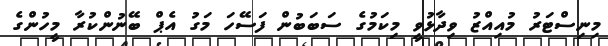
މިނިސްޓަރު މުއިއްޒު ވިދާޅުވީ މިކަމުގެ ސަބަބުން ފަސޭހަ މަގު އެޕް ބޭނުންކުރާ މީހުންގެ